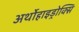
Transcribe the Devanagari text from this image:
अर्थोहाइड्रोक्सि